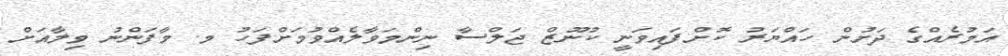
އަމުރެއްގެ ދަށުން ހައްޔަރު ކޮށްފައިވަނީ ކުނޫޒް ޖަލްސާ ނިންމަވާލެއްވުމަށްފަހު މ. މާފަންނު ވިލާއަށް